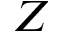
Z